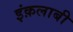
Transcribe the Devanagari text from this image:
इंक़लाबी